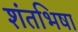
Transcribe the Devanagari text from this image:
शंतभिषा